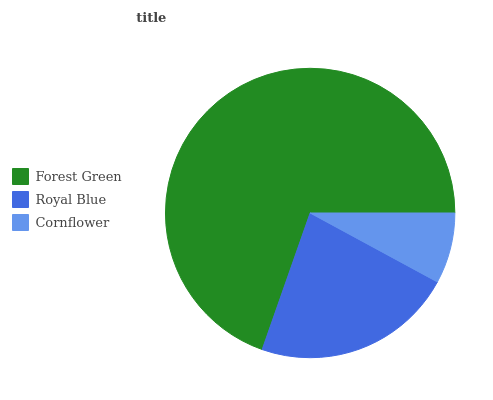
| Forest Green | Royal Blue | Cornflower |
 | --- | --- | --- |
 | 69.6% | 22.5% | 7.9% |